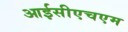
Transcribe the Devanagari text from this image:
आईसीएचएम